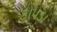
કાપડા